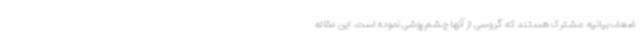
ضعف بیانیه مشترک هستند که گروسی از آنها چشم پوشی نموده است. این مقاله